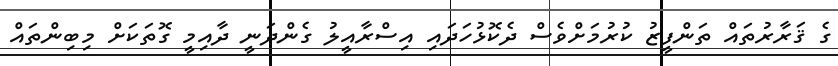
ގެ ޤަރާރުތައް ތަންފީޒު ކުރުމަށްވެސް ދެކޮޅުހަދައި އިސްރާއީލު ގެންދަނީ ދާއިމީ ގޮތަކަށް މިބިންތައް